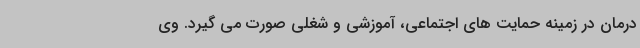
درمان در زمینه حمایت های اجتماعی، آموزشی و شغلی صورت می گیرد. وی